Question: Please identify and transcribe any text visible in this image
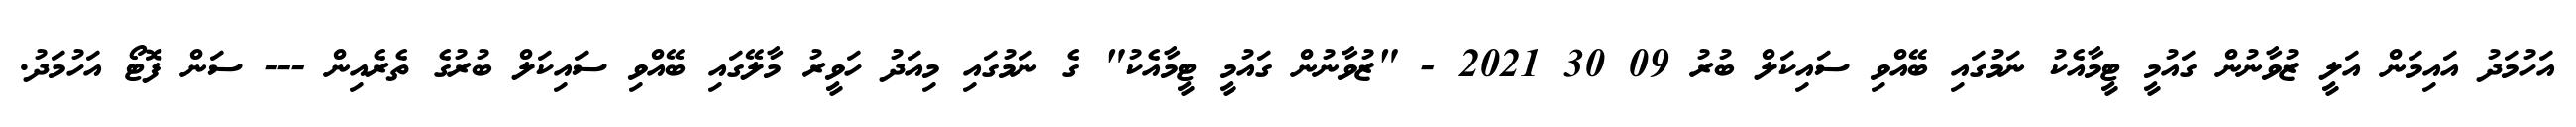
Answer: އަހުމަދު އައިމަން އަލީ ޒުވާނުން ގައުމީ ޓީމާއެކު ނަމުގައި ބޭއްވި ސައިކަލް ބުރު 09 30 2021 - "ޒުވާނުން ގައުމީ ޓީމާއެކު" ގެ ނަމުގައި މިއަދު ހަވީރު މާލޭގައި ބޭއްވި ސައިކަލް ބުރުގެ ތެރެއިން --- ސަން ފޮޓޯ އަހުމަދު.